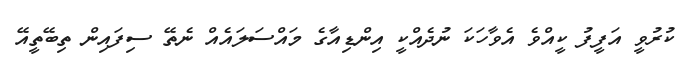
ކުރުވީ އަފީފު ކީއްވެ އެވާހަކަ ނުދެއްކީ އިންޑިއާގެ މައްސަލައެއް ނެތޭ ސިފައިން ތިބޭތީއޭ